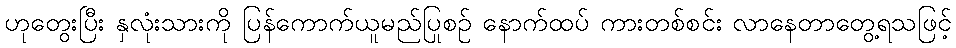
ဟုတွေးပြီး နှလုံးသားကို ပြန်ကောက်ယူမည်ပြုစဉ် နောက်ထပ် ကားတစ်စင်း လာနေတာတွေ့ရသဖြင့်